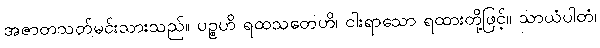
အဇာတသတ်မင်းသားသည်။ ပဉ္စဟိ ရထသတေဟိ၊ ငါးရာသော ရထားတို့ဖြင့်။ သာယံပါတံ၊